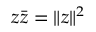
z { \bar { z } } = \| z \| ^ { 2 }